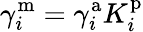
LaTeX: \gamma_{i}^{\mathrm{m}}=\gamma_{i}^{\mathrm{a}}K_{i}^{\mathrm{p}}